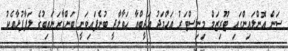
ސަން އޮންލައިންގައި ޓޫރިޒަމް މިނިސްޓަރު އަހްމަދު އަދީބްއާ ހަވާލާދީ ބުނެފައިވަނީ ބަންޑާރަނައިބުގެ ލަފާފުޅާއެކު